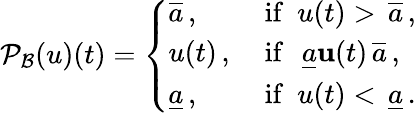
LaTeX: {\cal P}_{\cal B}(u)(t)=\left\{ \begin{array}{ll}{\overline{{a}}\, ,}&{\mathrm{~if\ \ }u(t)>\, \overline{{a}}\, ,}\\ {u(t)\, ,}&{\mathrm{~if\ \ }\, \underline{{a}}\le u(t)\le\, \overline{{a}}\, ,}\\ {\underline{{a}}\, ,}&{\mathrm{~if\ \ }u(t)<\, \underline{{a}}\, .}\end{array}\right.